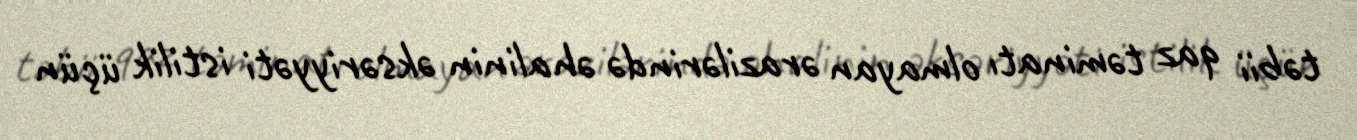
təbii qaz təminatı olmayan ərazilərində əhalinin əksəriyyəti istilik üçün